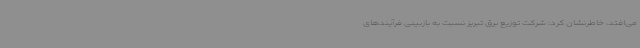
می‌افتد، خاطرنشان کرد: شرکت توزیع برق تبریز نسبت به بازبینی فرآیندهای